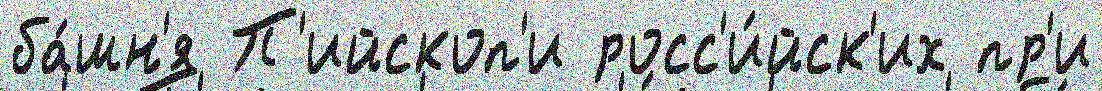
ба́шн'я П'ийскоп'и росс'и́йск'их пр'и